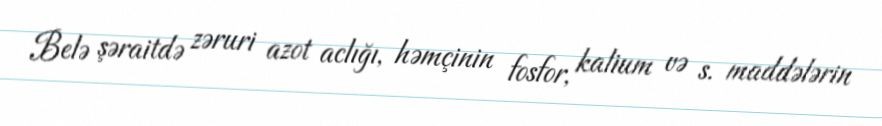
Belə şəraitdə zəruri azot aclığı, həmçinin fosfor, kalium və s. maddələrin